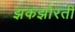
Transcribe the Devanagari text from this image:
झकझोरती